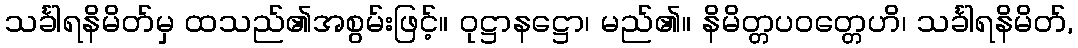
သင်္ခါရနိမိတ်မှ ထသည်၏အစွမ်းဖြင့်။ ဝုဋ္ဌာနဋ္ဌော၊ မည်၏။ နိမိတ္တပဝတ္တေဟိ၊ သင်္ခါရနိမိတ်,